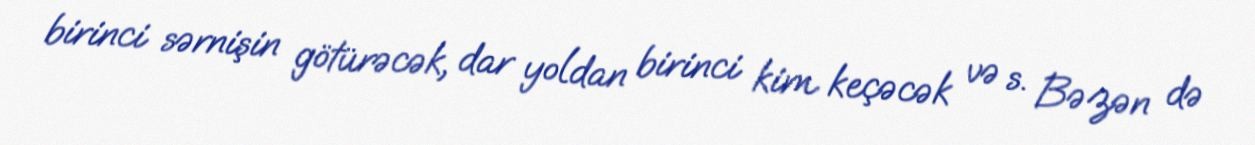
birinci sərnişin götürəcək, dar yoldan birinci kim keçəcək və s. Bəzən də